Scottish Certificate of Education, 1963
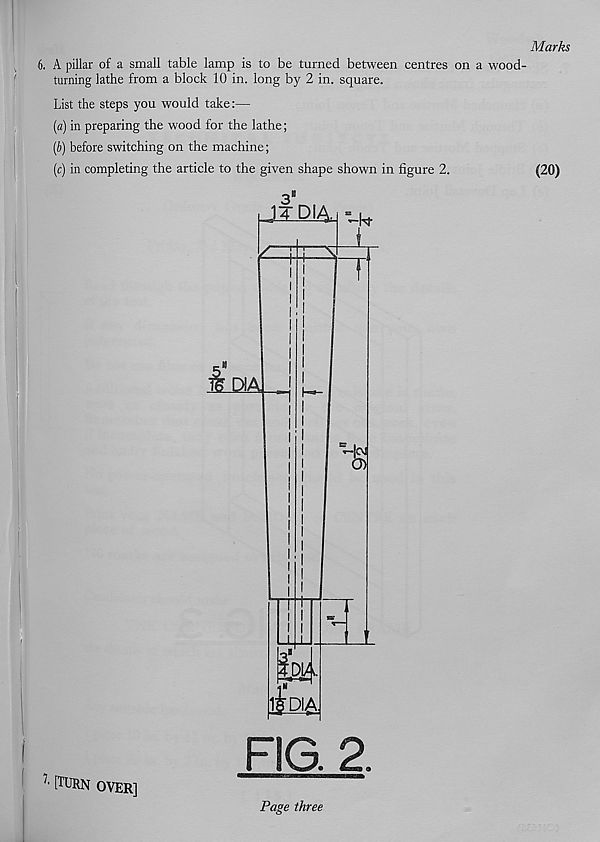
Marks
6. A pillar of a small table lamp is to be turned between centres on a wood-
turning lathe from a block 10 in. long by 2 in. square.
List the steps you would take:—
[a) in preparing the wood for the lathe;
(5) before switching on the machine;
(c) in completing the article to the given shape shown in figure 2.
(20)
N
1$Dlf
FIG. 2.
7 ' [TURN OVER]
E3
Page three